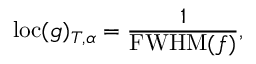
\mathrm { l o c } ( g ) _ { T , \alpha } = \frac { 1 } { \mathrm { F W H M } ( f ) } ,